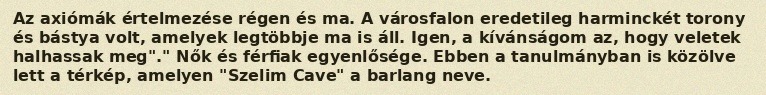
Az axiómák értelmezése régen és ma. A városfalon eredetileg harminckét torony és bástya volt, amelyek legtöbbje ma is áll. Igen, a kívánságom az, hogy veletek halhassak meg"." Nők és férfiak egyenlősége. Ebben a tanulmányban is közölve lett a térkép, amelyen "Szelim Cave" a barlang neve.